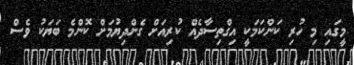
މީގައި މި ހުރި ކަންކަމަކީ އިގްތިސާދެއް ކުރިއަށް ގެންދިޔުމަށް ކޮންމެ ބަޔަކު ވެސް